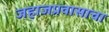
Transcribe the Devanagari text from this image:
जहाजप्रवासाचा